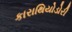
કારાથિયોડોરી